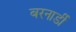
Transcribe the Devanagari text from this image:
बरनार्डी